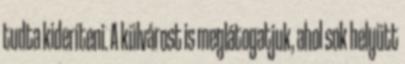
tudta kideríteni. A külvárost is meglátogatjuk, ahol sok helyütt